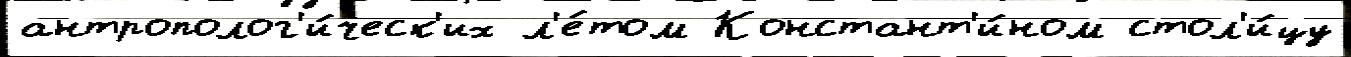
антрополог'и́ческ'их л'е́том Констант'и́ном стол'и́цу